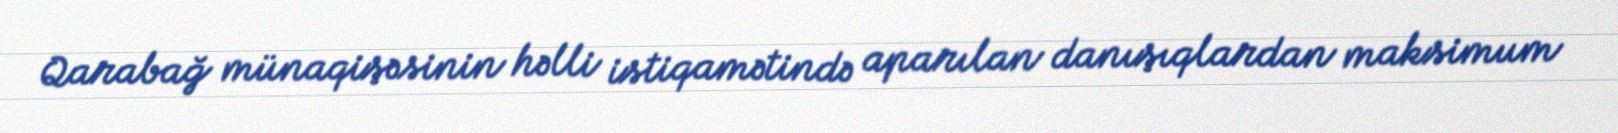
Qarabağ münaqişəsinin həlli istiqamətində aparılan danışıqlardan maksimum